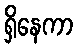
ရှိနေကာ